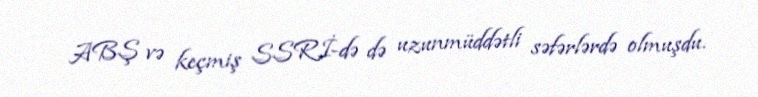
ABŞ və keçmiş SSRİ-də də uzunmüddətli səfərlərdə olmuşdu.